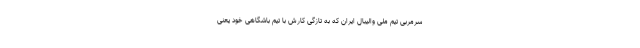
سرمربی تیم ملی والیبال ایران که به تازگی کارش با تیم باشگاهی خود یعنی